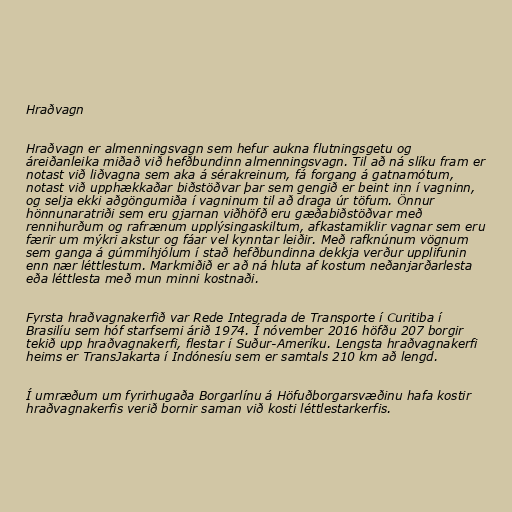
Hraðvagn

Hraðvagn er almenningsvagn sem hefur aukna flutningsgetu og
áreiðanleika miðað við hefðbundinn almenningsvagn. Til að ná slíku fram er
notast við liðvagna sem aka á sérakreinum, fá forgang á gatnamótum,
notast við upphækkaðar biðstöðvar þar sem gengið er beint inn í vagninn,
og selja ekki aðgöngumiða í vagninum til að draga úr töfum. Önnur
hönnunaratriði sem eru gjarnan viðhöfð eru gæðabiðstöðvar með
rennihurðum og rafrænum upplýsingaskiltum, afkastamiklir vagnar sem eru
færir um mýkri akstur og fáar vel kynntar leiðir. Með rafknúnum vögnum
sem ganga á gúmmíhjólum í stað hefðbundinna dekkja verður upplifunin
enn nær léttlestum. Markmiðið er að ná hluta af kostum neðanjarðarlesta
eða léttlesta með mun minni kostnaði.

Fyrsta hraðvagnakerfið var Rede Integrada de Transporte í Curitiba í
Brasilíu sem hóf starfsemi árið 1974. Í nóvember 2016 höfðu 207 borgir
tekið upp hraðvagnakerfi, flestar í Suður-Ameríku. Lengsta hraðvagnakerfi
heims er TransJakarta í Indónesíu sem er samtals 210 km að lengd.

Í umræðum um fyrirhugaða Borgarlínu á Höfuðborgarsvæðinu hafa kostir
hraðvagnakerfis verið bornir saman við kosti léttlestarkerfis.